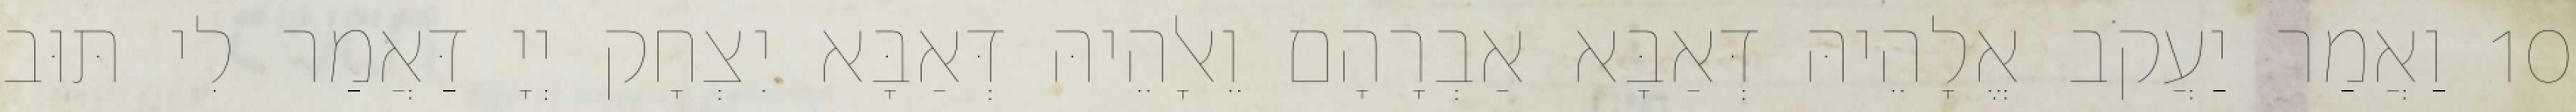
10 וַאֲמַר יַעֲקֹב אֱלָהֵיהּ דְּאַבָּא אַבְרָהָם וֵאלָהֵיהּ דְּאַבָּא יִצְחָק יְיָ דַּאֲמַר לִי תּוּב